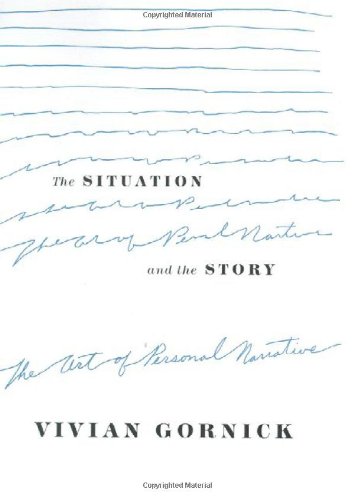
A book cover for The Situation and the Story: The Art of Personal Narrative; Vivian Gornick; Reference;